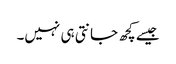
جیسے کچھ جانتی ہی نہیں۔